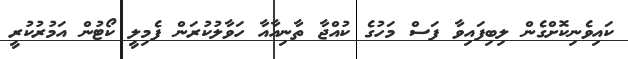
ކައިވެނިކޮށްގެން ލިބިފައިވާ ފަސް މަހުގެ ކުއްޖާ ތާނިއާއާ ހަވާލުކުރަން ފެމިލީ ކޯޓުން އަމުރުކުރީ